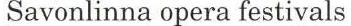
Savonlinna opera festivals